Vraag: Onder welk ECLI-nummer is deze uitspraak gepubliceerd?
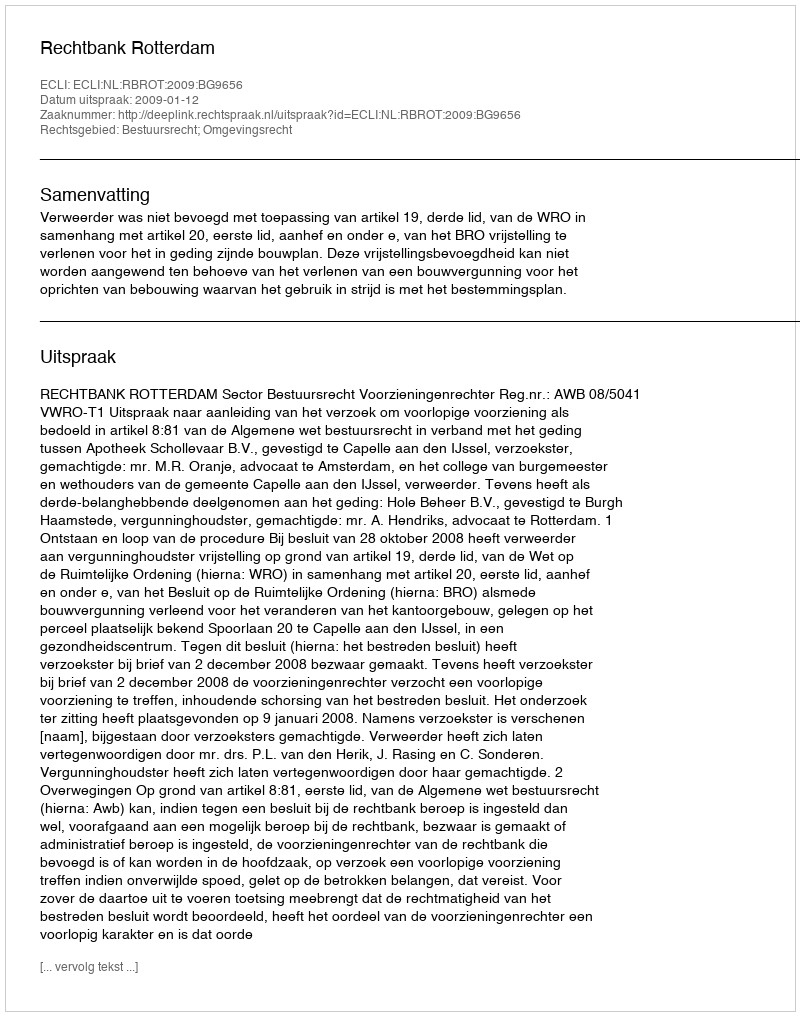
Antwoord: ECLI:NL:RBROT:2009:BG9656